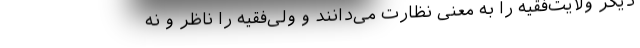
دیگر ولایت‌فقیه را به معنی نظارت می‌دانند و ولی‌فقیه را ناظر و نه